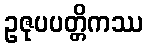
ဥဇုပပတ္တိကဿ